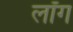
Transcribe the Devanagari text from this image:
लॉँग